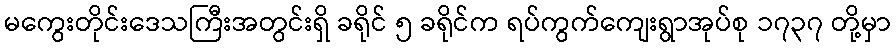
မကွေးတိုင်းဒေသကြီးအတွင်းရှိ ခရိုင် ၅ ခရိုင်က ရပ်ကွက်ကျေးရွာအုပ်စု ၁၇၃၇ တို့မှာ